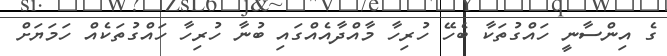
ގެ އިންސާނީ ހައްގުތަކާ ބެހޭ ހުރިހާ މާއްދާއެއްގައި ބުނާ ހުރިހާ ހައްގުތަކެއް ހަމަޔަށް